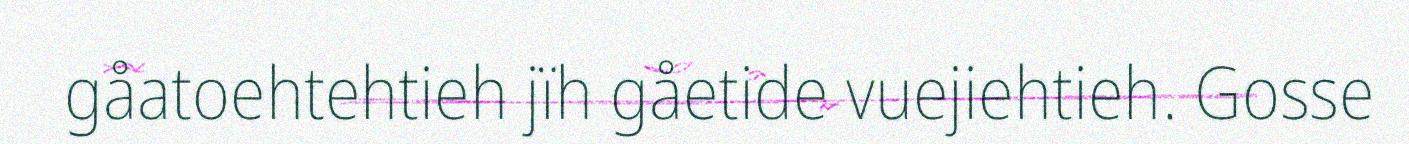
gåatoehtehtieh jïh gåetide vuejiehtieh. Gosse